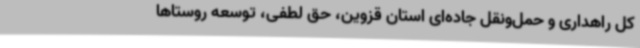
کل راهداری و حمل‌ونقل جاده‌ای استان قزوین، حق لطفی، توسعه روستاها